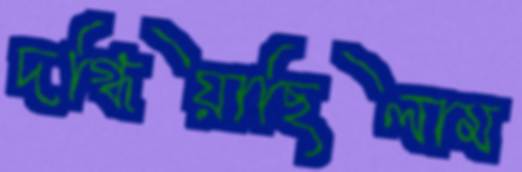
দগ্ধিয়াছিলাম